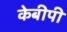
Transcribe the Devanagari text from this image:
केबीपी